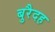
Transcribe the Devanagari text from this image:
बुरैदह